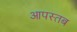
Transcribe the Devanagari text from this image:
आपस्तब